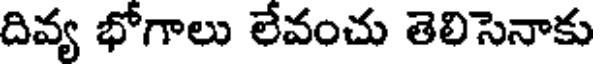
దివ్య భోగాలు లేవంచు తెలిసెనాకు